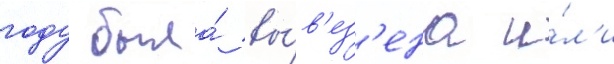
году была́ вы́в'ез'ена и́л'и